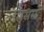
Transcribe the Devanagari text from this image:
सिसेम